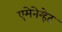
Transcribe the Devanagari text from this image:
एमेनेम्हेट